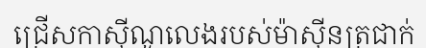
ជ្រើសកាស៊ីណូលេងរបស់ម៉ាស៊ីនត្រជាក់